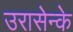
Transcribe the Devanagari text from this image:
उरासेन्के